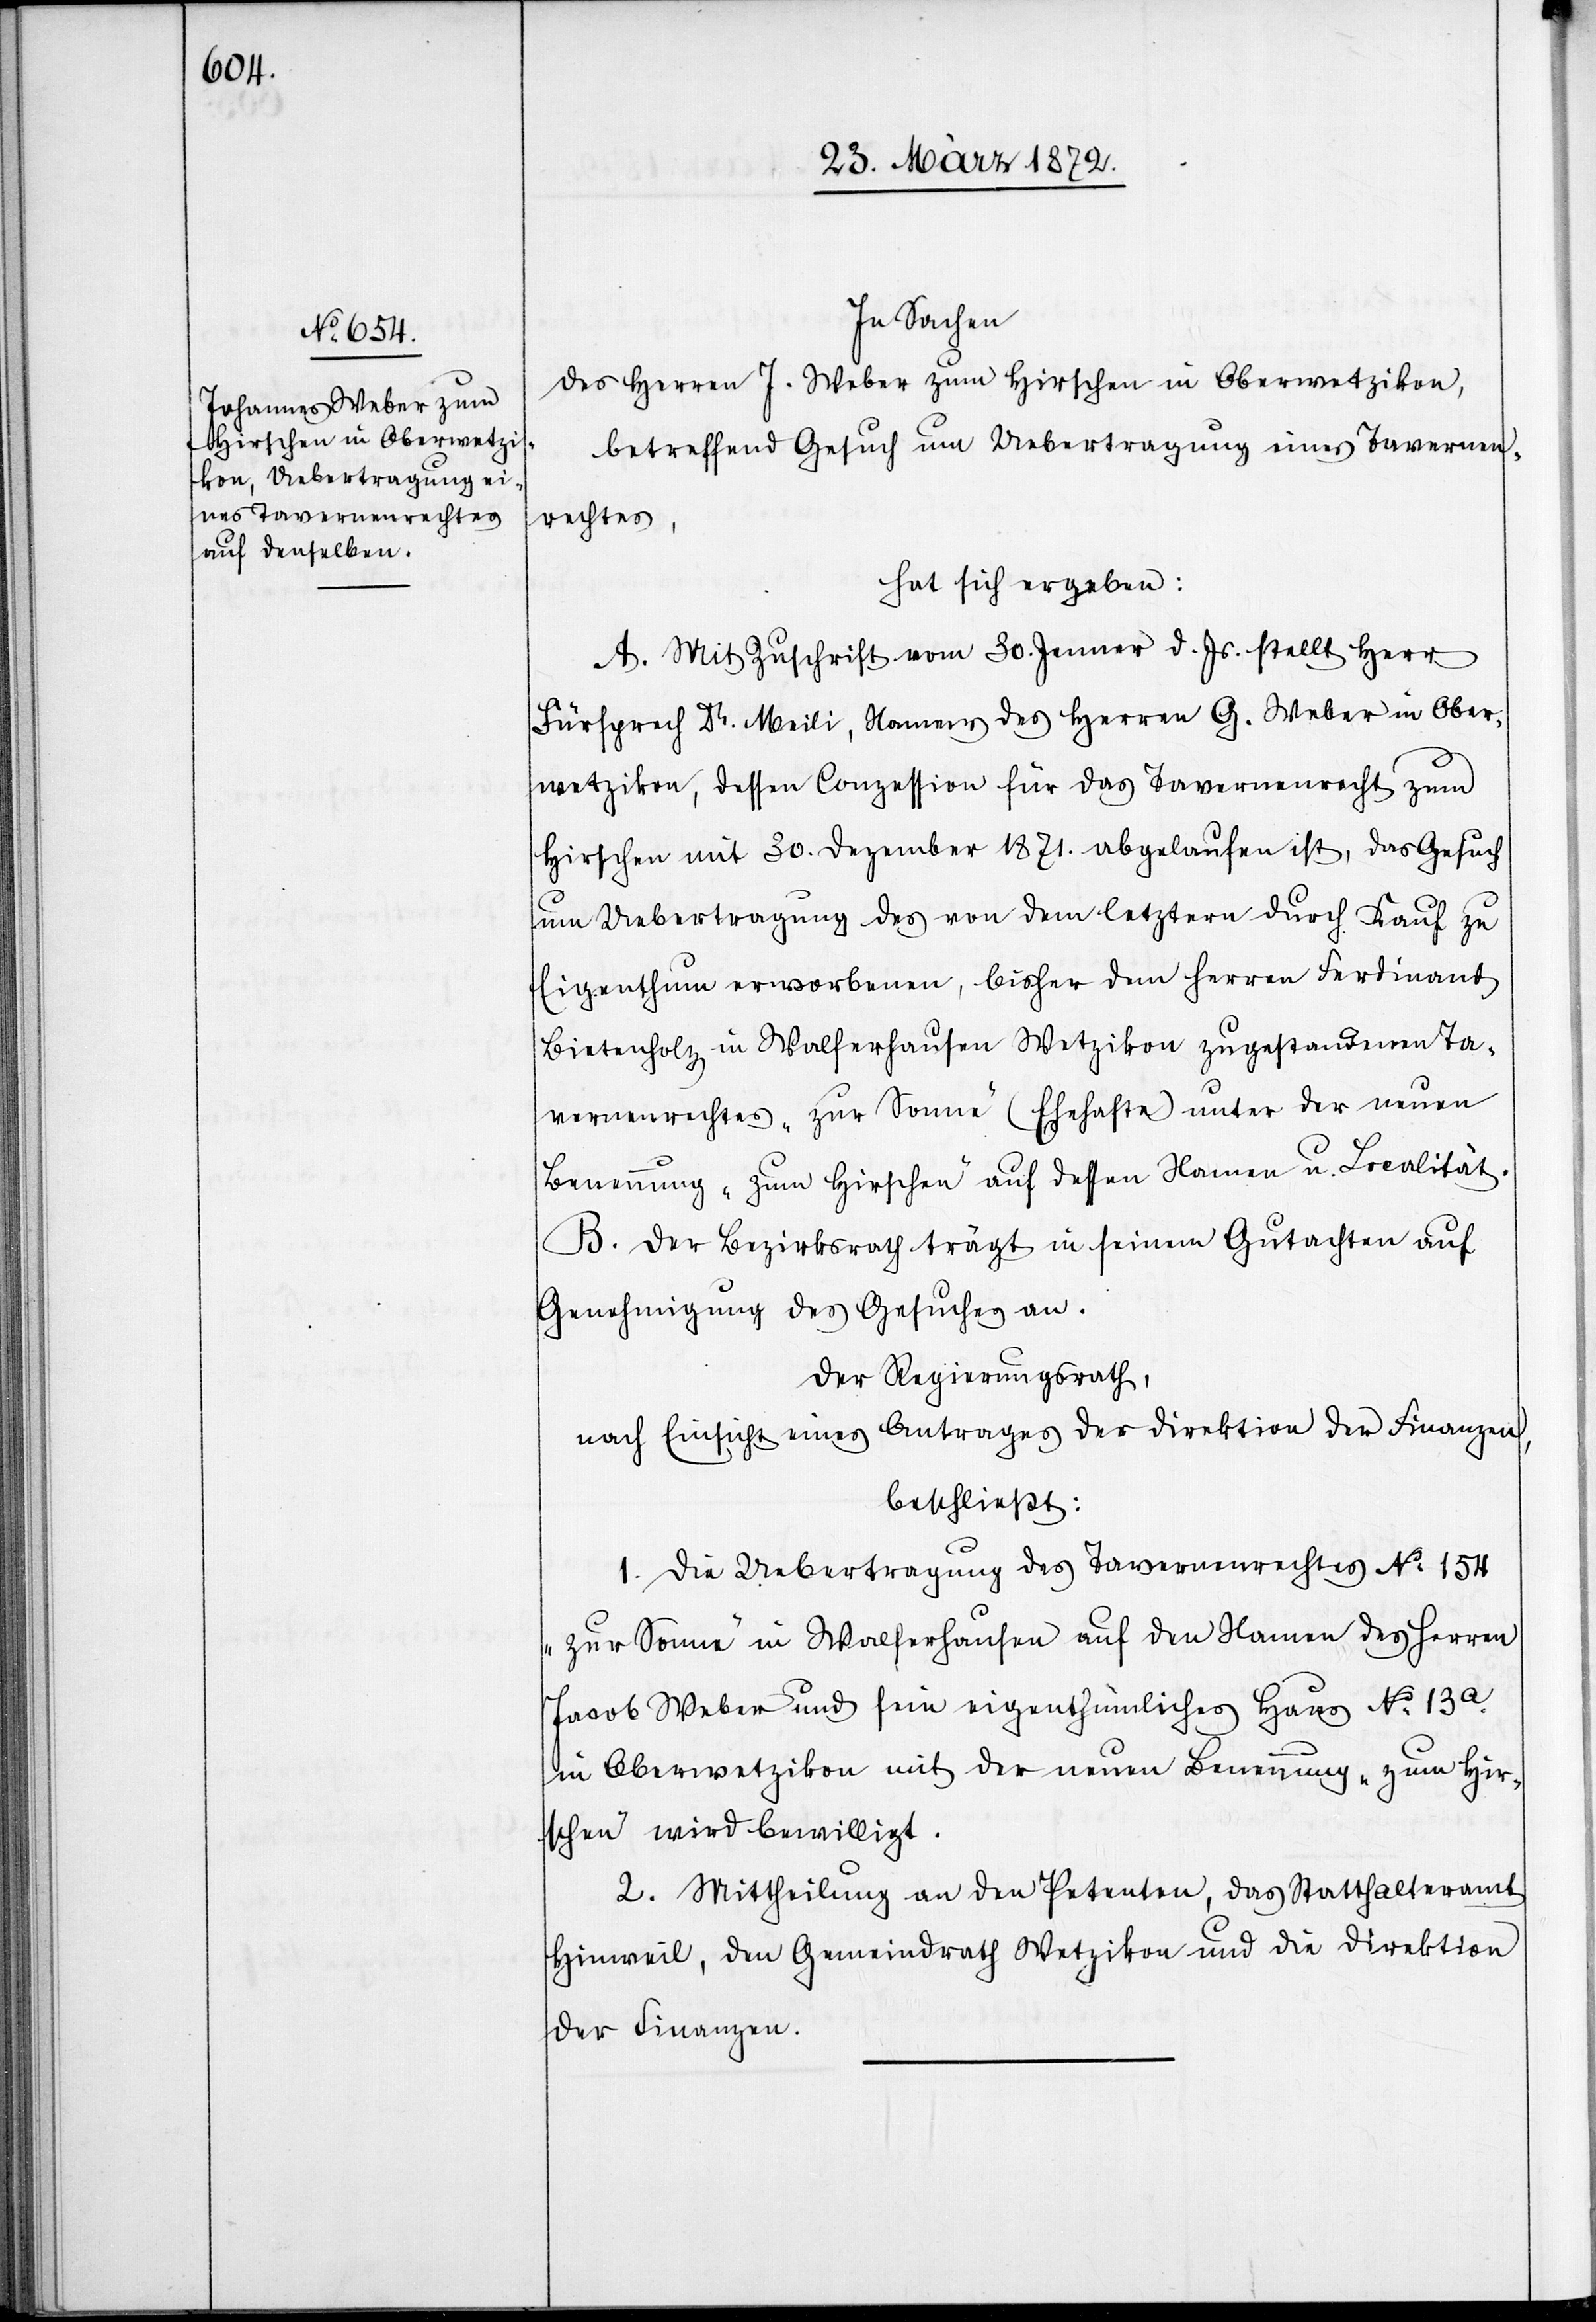
In Sachen
des Herren J. Weber zum Hirschen in Oberwetzikon,
betreffend Gesuch um Uebertragung eines Tavernen¬
rechtes,
hat sich ergeben:
A. Mit Zuschrift vom 30. Jenner d. Js. stellt Herr
Fürsprech Dr. Meili, Namens des Herren G. Weber in Ober¬
wetzikon, dessen Conzession für das Tavernenrecht zum
Hirschen mit 30. Dezember 1871. abgelaufen ist, das Gesuch
um Uebertragung des von dem letztern durch Kauf zu
Eigenthum erworbenen, bisher dem Herren Ferdinand
Bietenholz in Walferhausen Wetzikon zugestandenen Ta¬
vernenrechtes „zur Sonne“ (Ehehafte) unter der neuen
Benennung „zum Hirschen“ auf dessen Namen u. Localität.
B. Der Bezirksrath trägt in seinem Gutachten auf
Genehmigung des Gesuches an.
Der Regierungsrath,
nach Einsicht eines Antrages der Direktion der Finanzen,
beschließt:
1. Die Uebertragung des Tavernenrechtes No 154
„zur Sonne“ in Walferhausen auf den Namen des Herren
[sic!] Weber und sein eigenthümliches Haus No 13a.
in Oberwetzikon mit der neuen Benennung „zum Hir¬
schen“ wird bewilligt.
2. Mittheilung an den Petenten, das Statthalteramt
Hinweil, den Gemeindrath Wetzikon und die Direktion
der Finanzen.